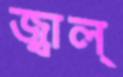
জ্বাল্‌